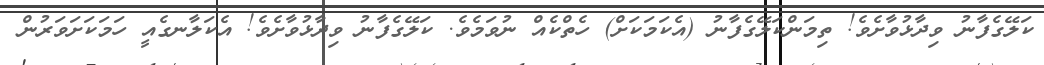
ކަލޭގެފާނު ވިދާޅުވާށެވެ! ތިމަންކަލޭގެފާނު (އެކަމަކަށް) ހެތްކެއް ނުވަމެވެ. ކަލޭގެފާނު ވިދާޅުވާށެވެ! އެކަލާނގެއީ ހަމަކަށަވަރުން